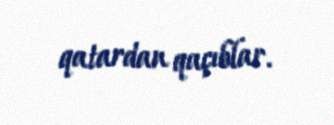
qatardan qaçıblar.